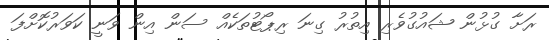
ރަށާ ގުޅުން ޝައުގުވެރި އިތުރު ގިނަ ރިޕޯޓުތަކެއް ސަން އިން ވަނީ ކަވަރުކޮށްފަ